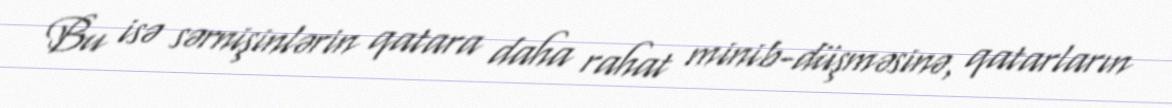
Bu isə sərnişinlərin qatara daha rahat minib-düşməsinə, qatarların